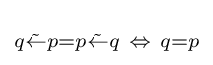
\scriptstyle {q{\tilde {\leftarrow }}p=p{\tilde {\leftarrow }}q\ \Leftrightarrow \ q=p\,}\!